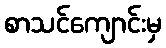
စာသင်ကျောင်းမှ